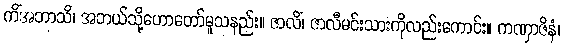
ကိံအဘာသိ၊ အဘယ်သို့ဟောတော်မူသနည်း။ ဇာလိံ၊ ဇာလီမင်းသားကိုလည်းကောင်း။ ကဏှာဇိနံ၊